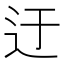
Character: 迂